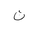
Letter: _non